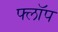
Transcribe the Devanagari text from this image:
फ्लाॅप